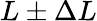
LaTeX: L\pm\Delta L